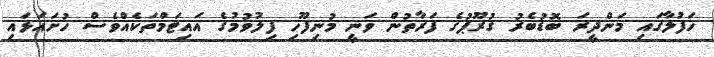
ހަފުލާގައި މަންދީރަ ބޮޑުބެރު ގުރޫޕުގެ ފަރާތުން ވަނީ މުނިފޫހި ފިލުވުމުގެ އައިޓަމްތަކެއްވެސް ހުށައަޅައި